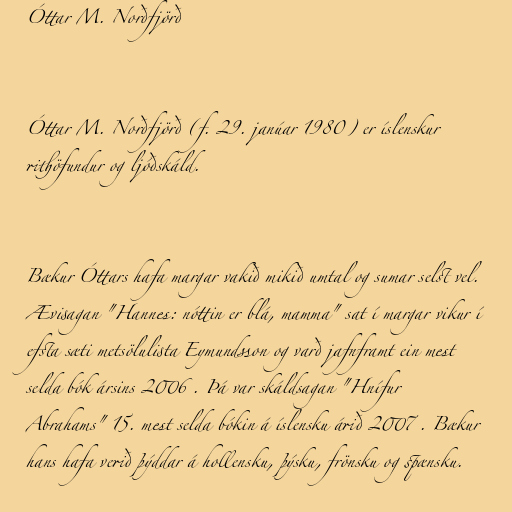
Óttar M. Norðfjörð

Óttar M. Norðfjörð (f. 29. janúar 1980) er íslenskur
rithöfundur og ljóðskáld.

Bækur Óttars hafa margar vakið mikið umtal og sumar selst vel.
Ævisagan "Hannes: nóttin er blá, mamma" sat í margar vikur í
efsta sæti metsölulista Eymundsson og varð jafnframt ein mest
selda bók ársins 2006 . Þá var skáldsagan "Hnífur
Abrahams" 15. mest selda bókin á íslensku árið 2007 . Bækur
hans hafa verið þýddar á hollensku, þýsku, frönsku og spænsku.